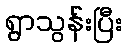
ရွာသွန်းပြီး